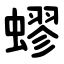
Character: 蟉